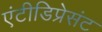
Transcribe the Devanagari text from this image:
एंटीडिप्रेसंट